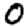
Digit: 0